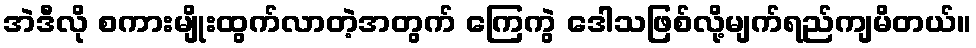
အဲဒီလို စကားမျိုးထွက်လာတဲ့အတွက် ကြေကွဲ ဒေါသဖြစ်လို့မျက်ရည်ကျမိတယ်။